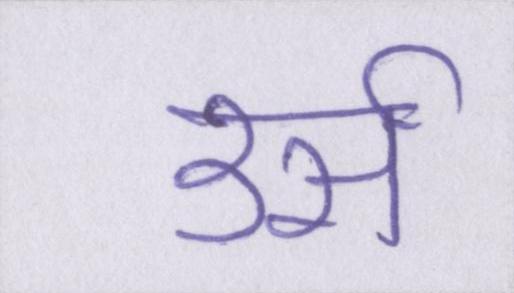
उर्स